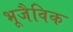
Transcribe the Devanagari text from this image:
भूजैविक